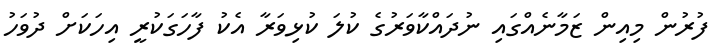
ފުރުން މިއިން ޒަމާނެއްގައި ނުދައްކާވަރުގެ ކުލަ ކުޅިވަރާ އެކު ފާހަގަކުރީ އިހަކަށް ދުވަހު